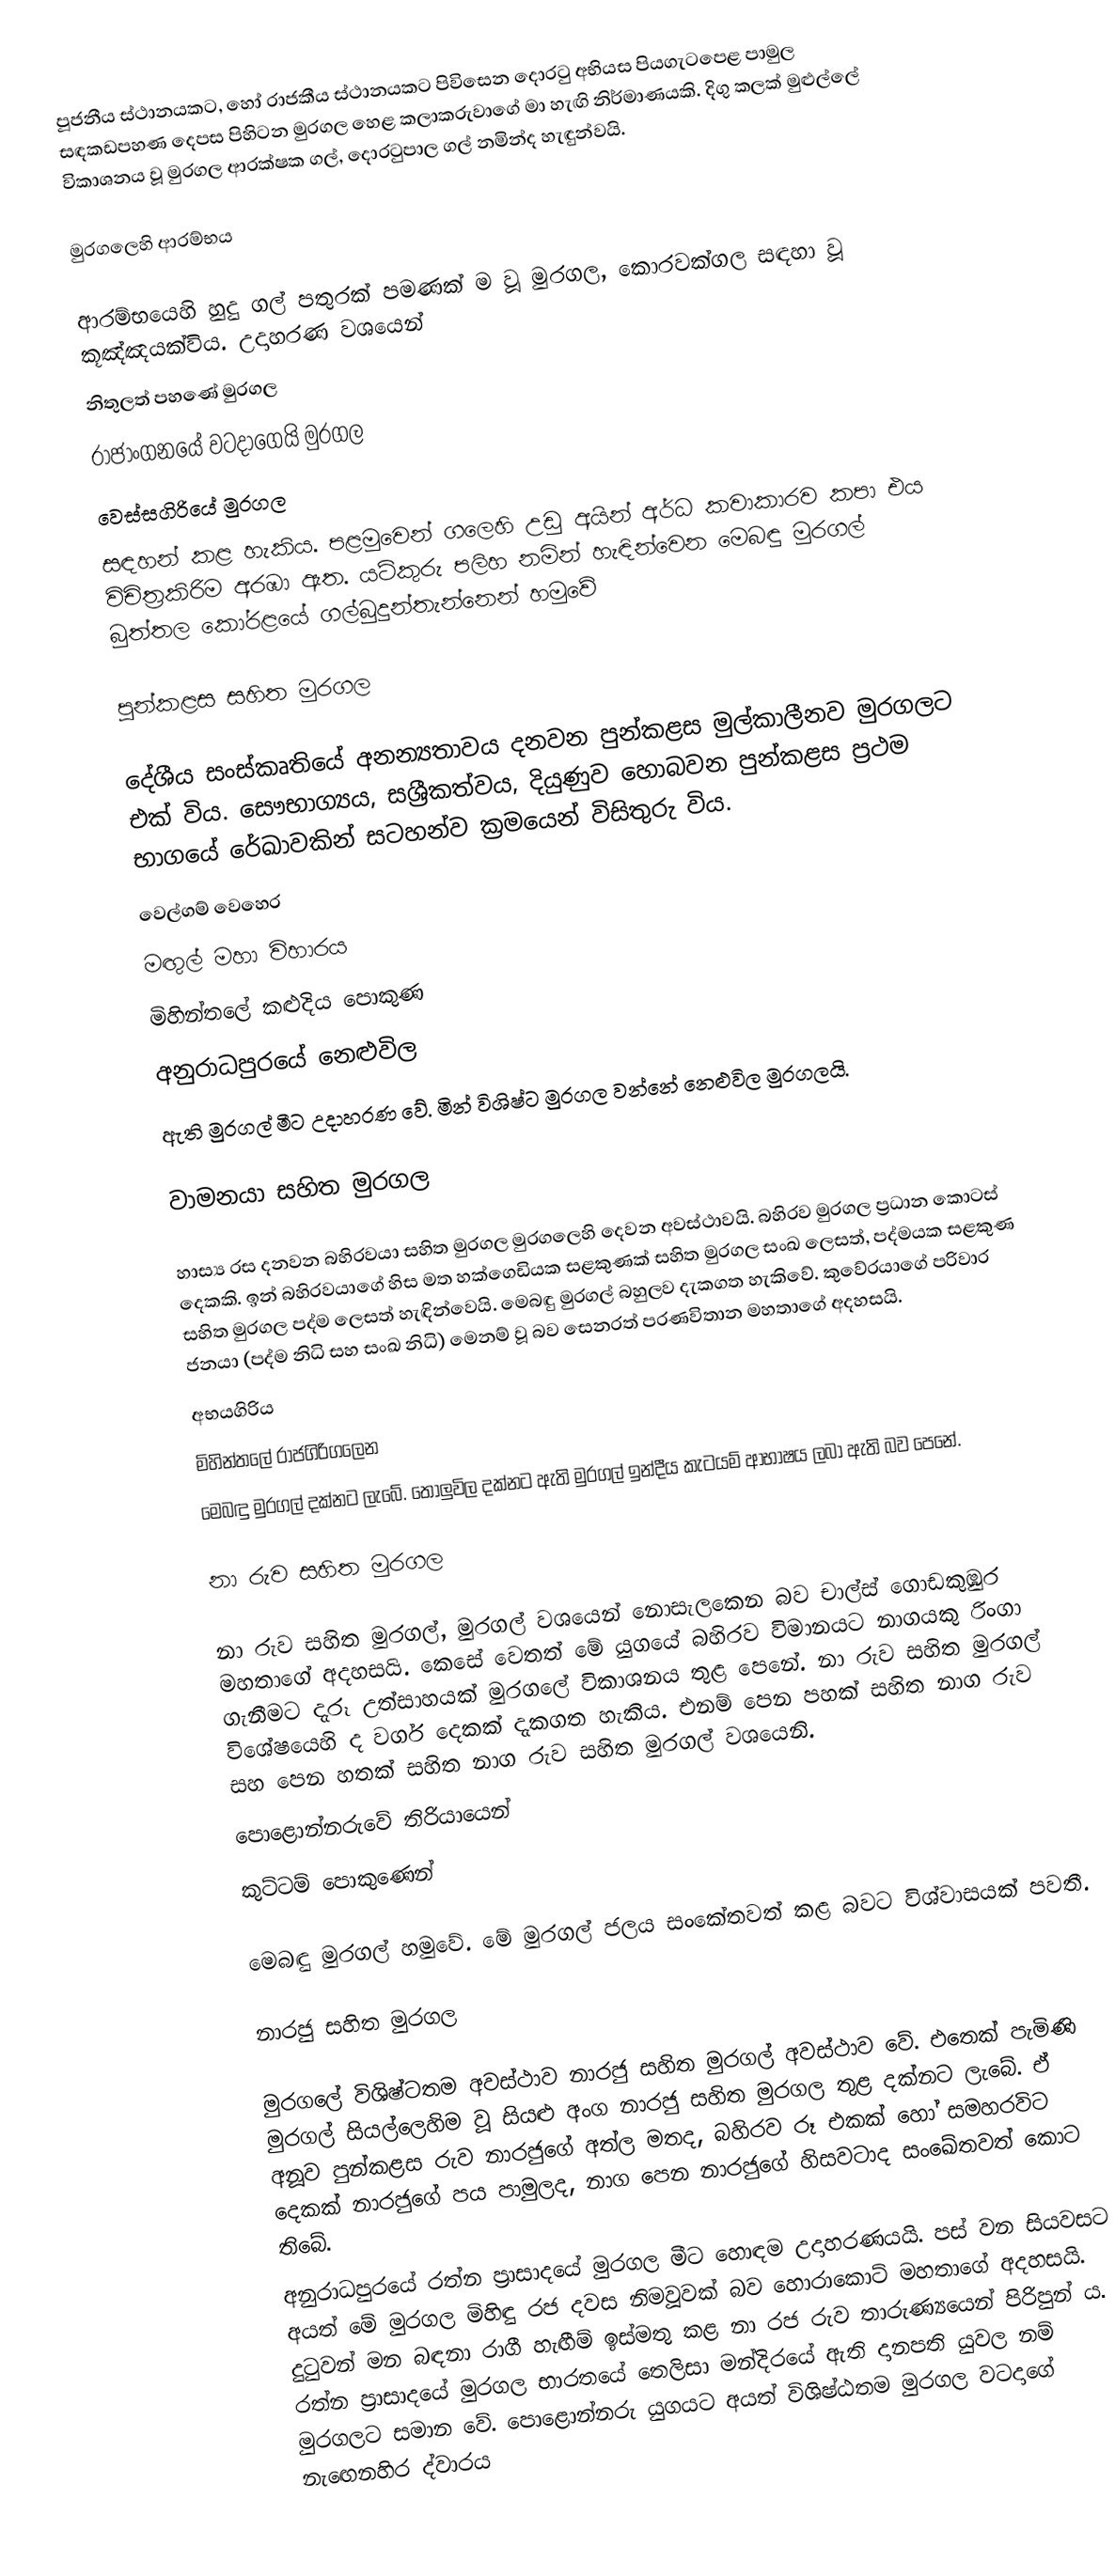
පූජනීය ස්ථානයකට, හෝ රාජකීය ස්ථානයකට පිවිසෙන දොරටු අභියස පියගැටපෙළ පාමුල සඳකඩපහණ දෙපස පිහිටන මුරගල හෙළ කලාකරුවාගේ මා හැඟි නිර්මාණයකි. දිගු කලක් මුළුල්ලේ විකාශනය වූ මුරගල ආරක්ෂක ගල්, දොරටුපාල ගල් නමින්ද හැඳුන්වයි.

මුරගලෙහි ආරම්භය

ආරම්භයෙහි හුදු ගල් පතුරක් පමණක් ම වූ මුරගල, කොරවක්ගල සඳහා වූ කූඤ්ඤයක්විය. උදාහරණ වශයෙන්
නිතුලත් පහණේ මුරගල
රාජාංගනයේ වටදාගෙයි මුරගල
වෙස්සගිරියේ මුරගල
සඳහන් කළ හැකිය. පළමුවෙන් ගලෙහි උඩු අයින් අර්ධ කවාකාරව කපා එය විචිත්‍රකිරිම අරඹා ඇත. යටිකුරු පලිහ නමින් හැඳින්වෙන මෙබඳු මුරගල් බුත්තල ‍කෝරළයේ ගල්බුදුන්තැන්නෙන් හමුවේ

පුන්කළස සහිත මුරගල

දේශීය සංස්කෘතියේ අනන්‍යතාවය දනවන පුන්කළස මුල්කාලීනව මුරගලට එක් විය. සෞභාග්‍යය, සශ්‍රීකත්වය, දියුණුව හොබවන පුන්කළස ප්‍රථම භාගයේ රේඛාවකින් සටහන්ව ක්‍රමයෙන් විසිතුරු විය.
වෙල්ගම් වෙහෙර
මඟුල් මහා විහාරය
මිහින්තලේ කළුදිය පොකුණ
අනුරාධපුරයේ නෙළුවිල
ඇති මුරගල් මීට උදාහරණ වේ. මින් විශිෂ්ට මුරගල වන්නේ නෙළුවිල මුරගලයි.

වාමනයා සහිත මුරගල

හාස්‍ය රස දනවන බහිරවයා සහිත මුරගල මුරගලෙහි දෙවන අවස්ථාවයි. බහිරව මුරගල ප්‍රධාන කොටස් දෙකකි. ඉන් බහිරවයාගේ හිස මත හක්ගෙඩියක සළකුණක් සහිත මුරගල සංඛ ලෙසත්, පද්මයක සළකුණ සහිත මුරගල පද්ම ලෙසත් හැඳින්වෙයි. මෙබඳු මුරගල් බහුලව දැකගත හැකිවේ. කුවේරයාගේ පරිවාර ජනයා (පද්ම නිධි සහ සංඛ නිධි) මෙනම් වූ බව සෙනරත් පරණවිතාන මහතාගේ අදහසයි.
අභයගිරිය
මිහින්තලේ රාජගිරිගලෙන
මෙබඳු මුරගල් දක්නට ලැබේ. තොලුවිල දක්නට ඇති මුරගල් ඉන්දීය කැටයම් ආභාෂය ලබා ඇති බව පෙනේ.

නා රුව සහිත මුරගල

නා රුව සහිත මුරගල්, මුරගල් වශයෙන් නොසැලකෙන බව චාල්ස් ගොඩකුඹුර මහතාගේ අදහසයි. කෙසේ වෙතත් මේ යුගයේ බහිරව විමානයට නාගයකු රිංගා ගැනීමට දැරූ උත්සාහයක් මුරගලේ විකාශනය තුළ පෙනේ. නා රුව සහිත මුරගල් විශේෂයෙහි ද වර්ග දෙකක් දැකගත හැකිය. එනම් පෙන පහක් සහිත නාග රුව සහ පෙන හතක් සහිත නාග රුව සහිත මුරගල් වශයෙනි.
පොළොන්නරුවේ තිරියායෙන්
කුට්ටම් පොකුණෙන්

මෙබඳු මුරගල් හමුවේ. මේ මුරගල් ජලය සංකේතවත් කළ බවට විශ්වාසයක් පවතී.

නාරජු සහිත මුරගල

මුරගලේ විශිෂ්ටතම අවස්ථාව නාරජු සහිත මුරගල් අවස්ථාව වේ. එතෙක් පැමිණි මුරගල් සියල්ලෙහිම වූ සියළු අංග නාරජු සහිත මුරගල තුළ දක්නට ලැබේ. ඒ අනූව පුන්කළස රුව නාරජුගේ අත්ල මතද, බහිරව රූ එකක් හෝ සමහරවිට දෙකක් නාරජුගේ පය පාමුලද, නාග පෙන නාරජුගේ හිසවටාද සංඛේතවත් කොට තිබේ.
අනුරාධපුරයේ රත්න ප්‍රාසාදයේ මුරගල මීට ‍හොඳම උදාහරණයයි. පස් වන සියවසට අයත් මේ මුරගල මිහිඳු රජ දවස නිමවූවක් බව හොරාකොට් මහතාගේ අදහසයි. දුටුවන් මන බඳනා රාගී හැඟීම් ඉස්මතු කළ නා රජ රුව තාරුණ්‍යයෙන් පිරිපුන් ය. රත්න ප්‍රාසාදයේ මුරගල භාරතයේ තෙලිසා මන්දිරයේ ඇති දානපති යුවල නම් මුරගලට සමාන වේ. පොළොන්නරු යුගයට අයත් විශිෂ්ඨතම මුරගල වටදාගේ නැඟෙනහිර ද්වාරය